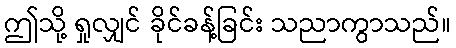
ဤသို့ ရှုလျှင် ခိုင်ခန့်ခြင်း သညာကွာသည်။